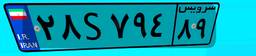
۶۰S۹۵۷۷۳